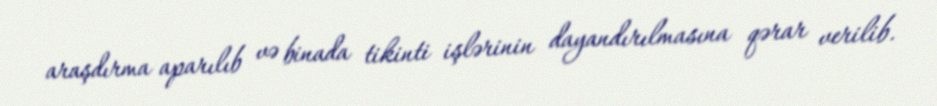
araşdırma aparılıb və binada tikinti işlərinin dayandırılmasına qərar verilib.